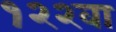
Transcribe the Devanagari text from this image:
१२२वा